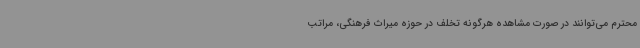
محترم می‌توانند در صورت مشاهده هرگونه تخلف در حوزه میراث فرهنگی، مراتب